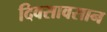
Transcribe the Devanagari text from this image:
दिवसावसान